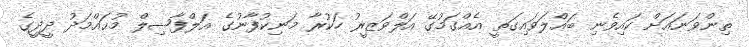
ތިންވަނައަށް ކައިވެނި ބައްލަވައިގަތީ އެއްގަމުގޭ އަލްވަޒީރު ހަކުރާ މަނިކުފާނުގެ އަލްފާޟިލް މުޙައްމަދު ދީދީގެ